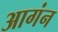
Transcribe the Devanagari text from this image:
आगंन